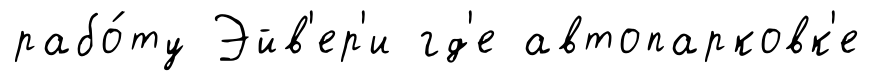
рабо́ту Эйв'ер'и гд'е автопарковк'е